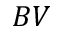
B V